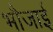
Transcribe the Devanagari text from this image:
भौजाई